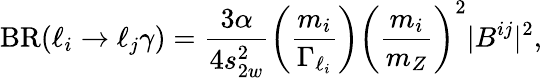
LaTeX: {\mathrm{BR}}(\ell_{i}\to\ell_{j}\gamma)=\frac{3\alpha}{4s_{2w}^{2}}\left(\frac{m_{i}}{\Gamma_{\ell_{i}}}\right)\left(\frac{m_{i}}{m_{Z}}\right)^{2}|B^{ij}|^{2},